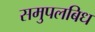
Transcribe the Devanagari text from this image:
समुपलबिध